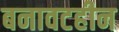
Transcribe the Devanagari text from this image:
बनावटहीन